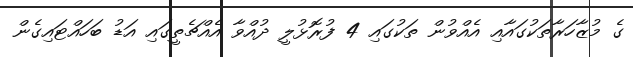
ގެ މުޒާހަރާތަކުގައާއި އެއްވުން ތަކުގައި 4 ފުރޮޅުލީ ދުއްވާ އެއްޗެތީގައި އަޑު ބަހައްޓައިގެން